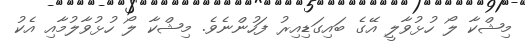
މިޝްކާ ލޯ ހުޅުވާލީ އޭގެ ބައިގަޑިއިރު ފަހުންނެވެ. މިޝްކާ ލޯ ހުޅުވާލުމާއި އެކު